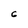
Character: 6